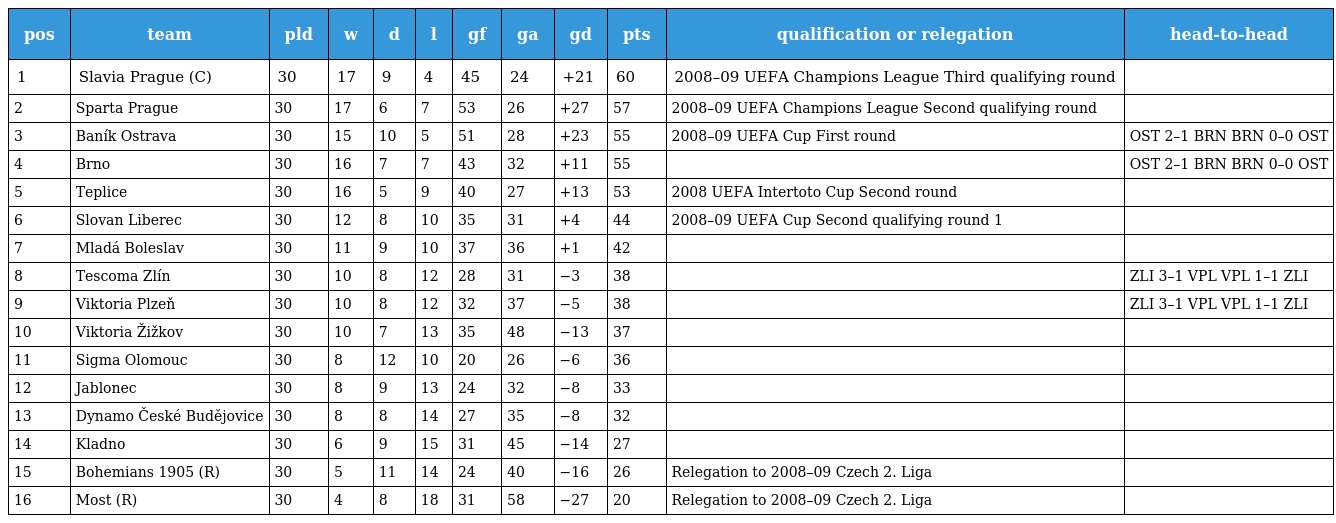
| pos | team | pld | w | d | l | gf | ga | gd | pts | qualification or relegation | head-to-head |
 | --- | --- | --- | --- | --- | --- | --- | --- | --- | --- | --- | --- |
 | 1 | Slavia Prague (C) | 30 | 17 | 9 | 4 | 45 | 24 | +21 | 60 | 2008–09 UEFA Champions League Third qualifying round |  |
 | 2 | Sparta Prague | 30 | 17 | 6 | 7 | 53 | 26 | +27 | 57 | 2008–09 UEFA Champions League Second qualifying round |  |
 | 3 | Baník Ostrava | 30 | 15 | 10 | 5 | 51 | 28 | +23 | 55 | 2008–09 UEFA Cup First round | OST 2–1 BRN BRN 0–0 OST |
 | 4 | Brno | 30 | 16 | 7 | 7 | 43 | 32 | +11 | 55 |  | OST 2–1 BRN BRN 0–0 OST |
 | 5 | Teplice | 30 | 16 | 5 | 9 | 40 | 27 | +13 | 53 | 2008 UEFA Intertoto Cup Second round |  |
 | 6 | Slovan Liberec | 30 | 12 | 8 | 10 | 35 | 31 | +4 | 44 | 2008–09 UEFA Cup Second qualifying round 1 |  |
 | 7 | Mladá Boleslav | 30 | 11 | 9 | 10 | 37 | 36 | +1 | 42 |  |  |
 | 8 | Tescoma Zlín | 30 | 10 | 8 | 12 | 28 | 31 | −3 | 38 |  | ZLI 3–1 VPL VPL 1–1 ZLI |
 | 9 | Viktoria Plzeň | 30 | 10 | 8 | 12 | 32 | 37 | −5 | 38 |  | ZLI 3–1 VPL VPL 1–1 ZLI |
 | 10 | Viktoria Žižkov | 30 | 10 | 7 | 13 | 35 | 48 | −13 | 37 |  |  |
 | 11 | Sigma Olomouc | 30 | 8 | 12 | 10 | 20 | 26 | −6 | 36 |  |  |
 | 12 | Jablonec | 30 | 8 | 9 | 13 | 24 | 32 | −8 | 33 |  |  |
 | 13 | Dynamo České Budějovice | 30 | 8 | 8 | 14 | 27 | 35 | −8 | 32 |  |  |
 | 14 | Kladno | 30 | 6 | 9 | 15 | 31 | 45 | −14 | 27 |  |  |
 | 15 | Bohemians 1905 (R) | 30 | 5 | 11 | 14 | 24 | 40 | −16 | 26 | Relegation to 2008–09 Czech 2. Liga |  |
 | 16 | Most (R) | 30 | 4 | 8 | 18 | 31 | 58 | −27 | 20 | Relegation to 2008–09 Czech 2. Liga |  |